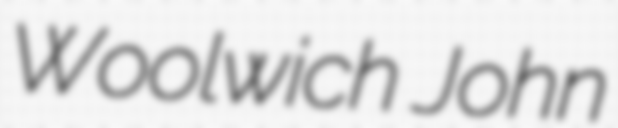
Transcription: Woolwich John